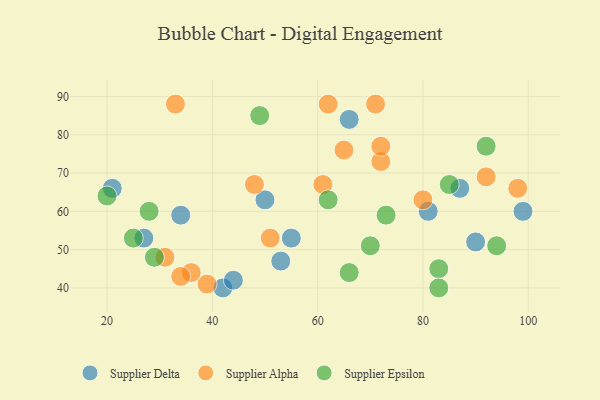
{"axis": {"x": "GDP", "y": "Life Expectancy"}, "legend": ["Supplier Alpha", "Supplier Delta", "Supplier Epsilon"], "data": [{"x": "81", "y": 60, "type": "Supplier Delta"}, {"x": "42", "y": 40, "type": "Supplier Delta"}, {"x": "50", "y": 63, "type": "Supplier Delta"}, {"x": "21", "y": 66, "type": "Supplier Delta"}, {"x": "53", "y": 47, "type": "Supplier Delta"}, {"x": "87", "y": 66, "type": "Supplier Delta"}, {"x": "90", "y": 52, "type": "Supplier Delta"}, {"x": "34", "y": 59, "type": "Supplier Delta"}, {"x": "55", "y": 53, "type": "Supplier Delta"}, {"x": "66", "y": 84, "type": "Supplier Delta"}, {"x": "44", "y": 42, "type": "Supplier Delta"}, {"x": "27", "y": 53, "type": "Supplier Delta"}, {"x": "99", "y": 60, "type": "Supplier Delta"}, {"x": "39", "y": 41, "type": "Supplier Alpha"}, {"x": "51", "y": 53, "type": "Supplier Alpha"}, {"x": "72", "y": 73, "type": "Supplier Alpha"}, {"x": "36", "y": 44, "type": "Supplier Alpha"}, {"x": "48", "y": 67, "type": "Supplier Alpha"}, {"x": "80", "y": 63, "type": "Supplier Alpha"}, {"x": "98", "y": 66, "type": "Supplier Alpha"}, {"x": "62", "y": 88, "type": "Supplier Alpha"}, {"x": "61", "y": 67, "type": "Supplier Alpha"}, {"x": "72", "y": 77, "type": "Supplier Alpha"}, {"x": "33", "y": 88, "type": "Supplier Alpha"}, {"x": "71", "y": 88, "type": "Supplier Alpha"}, {"x": "31", "y": 48, "type": "Supplier Alpha"}, {"x": "92", "y": 69, "type": "Supplier Alpha"}, {"x": "65", "y": 76, "type": "Supplier Alpha"}, {"x": "34", "y": 43, "type": "Supplier Alpha"}, {"x": "92", "y": 77, "type": "Supplier Epsilon"}, {"x": "83", "y": 45, "type": "Supplier Epsilon"}, {"x": "25", "y": 53, "type": "Supplier Epsilon"}, {"x": "28", "y": 60, "type": "Supplier Epsilon"}, {"x": "66", "y": 44, "type": "Supplier Epsilon"}, {"x": "49", "y": 85, "type": "Supplier Epsilon"}, {"x": "70", "y": 51, "type": "Supplier Epsilon"}, {"x": "85", "y": 67, "type": "Supplier Epsilon"}, {"x": "29", "y": 48, "type": "Supplier Epsilon"}, {"x": "20", "y": 64, "type": "Supplier Epsilon"}, {"x": "73", "y": 59, "type": "Supplier Epsilon"}, {"x": "62", "y": 63, "type": "Supplier Epsilon"}, {"x": "94", "y": 51, "type": "Supplier Epsilon"}, {"x": "83", "y": 40, "type": "Supplier Epsilon"}]}